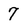
Character: 7